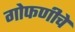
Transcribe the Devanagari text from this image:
गोफणीचे